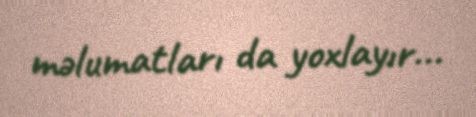
məlumatları da yoxlayır...